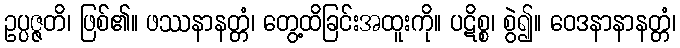
ဥပ္ပဇ္ဇတိ၊ ဖြစ်၏။ ဖဿနာနတ္တံ၊ တွေ့ထိခြင်းအထူးကို။ ပဋိစ္စ၊ စွဲ၍။ ဝေဒနာနာနတ္တံ၊